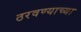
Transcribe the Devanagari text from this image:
ठरवण्याच्या